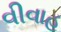
વીવાહ